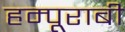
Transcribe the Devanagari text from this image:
हम्पूराबी